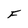
Character: F